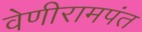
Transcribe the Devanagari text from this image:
वेणीरामपंत